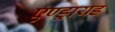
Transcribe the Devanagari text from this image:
एण्ड्रायड